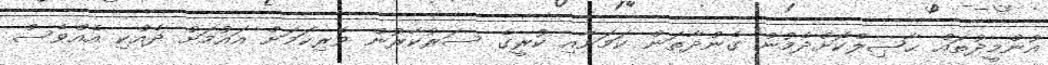
އުންމީދުތައް ޙާޞިލްކޮށްދެމުން ގެންދާތަން ކަމަށާއި ކުރީގެ ސަރުކާރުން ވެރިކަމަށް އައުމަށް ދެއްކި އެއްވެސް